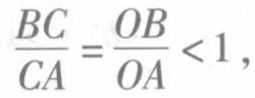
\(\frac{BC}{CA}=\frac{OB}{OA}<1\)